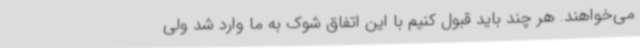
می‌خواهند. هر چند باید قبول کنیم با این اتفاق شوک به ما وارد شد ولی